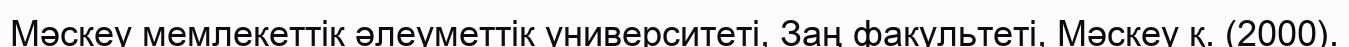
Мәскеу мемлекеттік әлеуметтік университеті, Заң факультеті, Мәскеу қ. (2000).